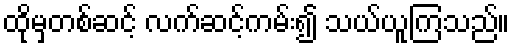
ထိုမှတစ်ဆင့် လက်ဆင့်ကမ်း၍ သယ်ယူကြသည်။